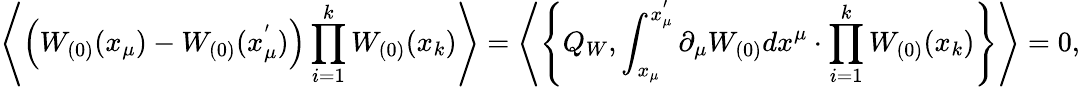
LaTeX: \left\langle\left(W_{(0)}(x_{\mu})-W_{(0)}(x_{\mu}^{'})\right)\prod_{i=1}^{k}W_{(0)}(x_{k})\right\rangle=\left\langle\left\{ Q_{W},\int_{x_{\mu}}^{x_{\mu}^{'}}\partial_{\mu}W_{(0)}dx^{\mu}\cdot\prod_{i=1}^{k}W_{(0)}(x_{k})\right\} \right\rangle=0,